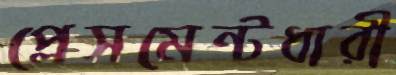
প্লেসমেন্টধারী